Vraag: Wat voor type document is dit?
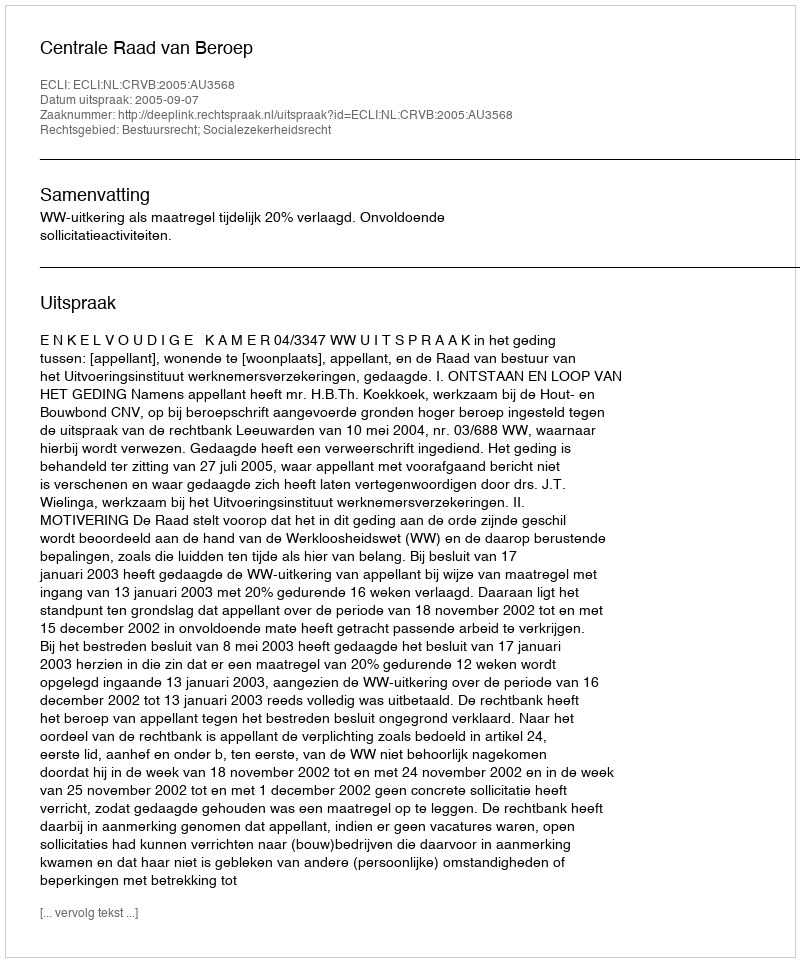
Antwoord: Uitspraak